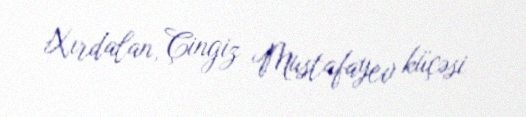
Xırdalan, Çingiz Mustafayev küçəsi